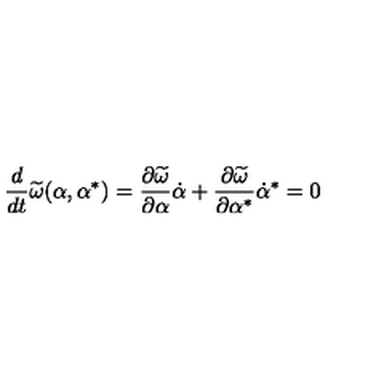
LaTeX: \frac { d } { d t } \widetilde \omega ( \alpha , \alpha ^ { * } ) = \frac { \partial \widetilde \omega } { \partial \alpha } \dot { \alpha } + \frac { \partial \widetilde \omega } { \partial \alpha ^ { * } } \dot { \alpha } ^ { * } = 0